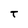
Character: T